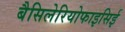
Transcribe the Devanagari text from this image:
बैसिलेरियोफाइसिई